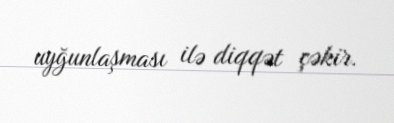
uyğunlaşması ilə diqqət çəkir.